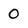
Character: 0